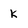
Character: k